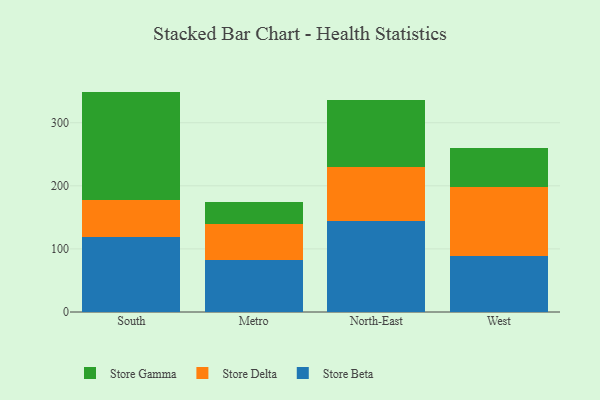
{"axis": {"x": "Region", "y": "Waste Production (Tons)"}, "legend": ["Store Beta", "Store Delta", "Store Gamma"], "data": [{"x": "South", "y": 119.3, "type": "Store Beta"}, {"x": "South", "y": 58.9, "type": "Store Delta"}, {"x": "South", "y": 171.1, "type": "Store Gamma"}, {"x": "Metro", "y": 81.9, "type": "Store Beta"}, {"x": "Metro", "y": 57.0, "type": "Store Delta"}, {"x": "Metro", "y": 35.6, "type": "Store Gamma"}, {"x": "North-East", "y": 143.5, "type": "Store Beta"}, {"x": "North-East", "y": 86.2, "type": "Store Delta"}, {"x": "North-East", "y": 106.7, "type": "Store Gamma"}, {"x": "West", "y": 88.2, "type": "Store Beta"}, {"x": "West", "y": 110.3, "type": "Store Delta"}, {"x": "West", "y": 62.1, "type": "Store Gamma"}]}